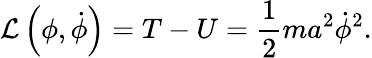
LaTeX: {\mathcal{L}}\left(\phi,{\dot{\phi}}\right)=T-U={\frac{1}{2}}ma^{2}{\dot{\phi}}^{2}.